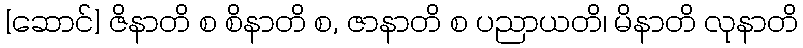
[ဆောင်] ဇိနာတိ စ စိနာတိ စ, ဇာနာတိ စ ပညာယတိ၊ မိနာတိ လုနာတိ